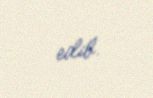
edib.